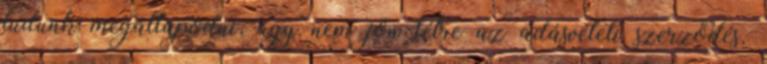
tudunk megállapodni, úgy nem jön létre az adásvételi szerződés.